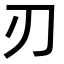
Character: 刃